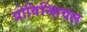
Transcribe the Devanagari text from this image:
प्रोविन्शियल